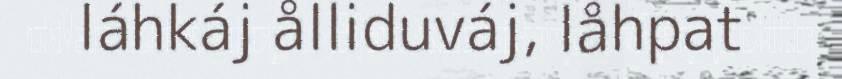
láhkáj ålliduváj, låhpat